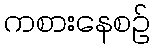
ကစားနေစဉ်